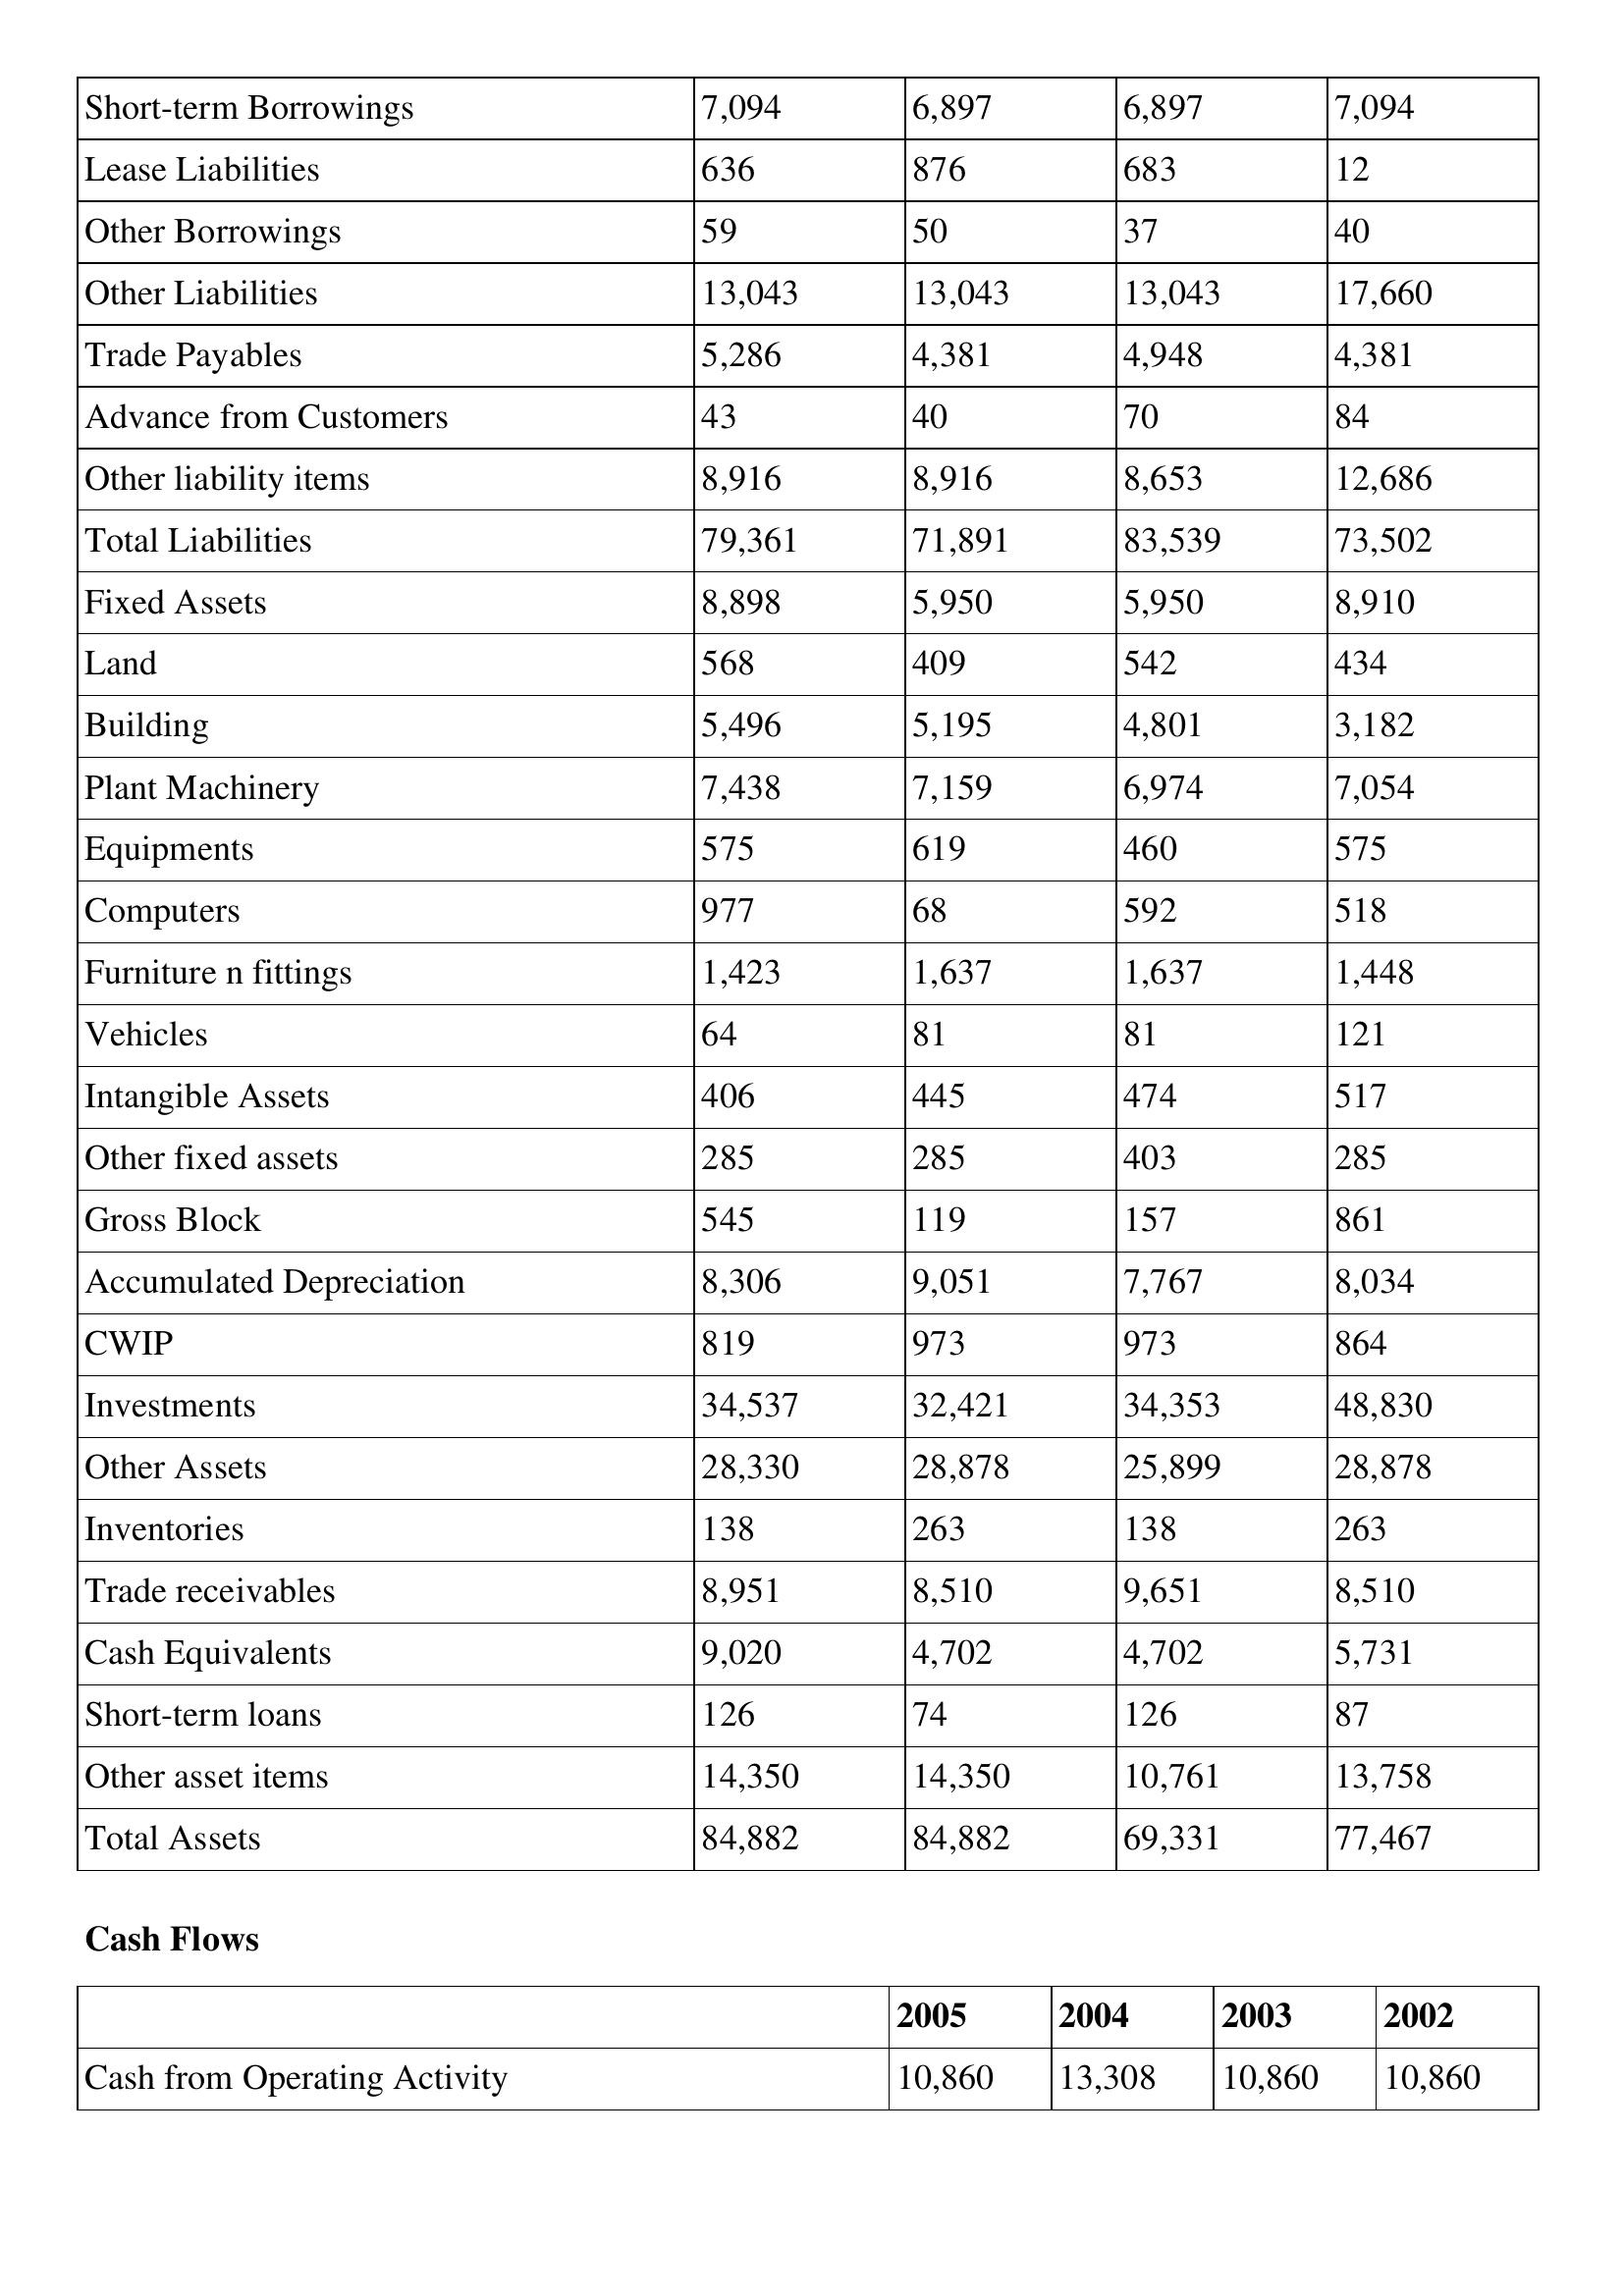
gt_parse: 2005: Balance Sheet: Short-term Borrowings: 7,094
Lease Liabilities: 636
Other Borrowings: 59
Other Liabilities: 13,043
Trade Payables: 5,286
Advance from Customers: 43
Other liability items: 8,916
Total Liabilities: 79,361
Fixed Assets: 8,898
Land: 568
Building: 5,496
Plant Machinery: 7,438
Equipments: 575
Computers: 977
Furniture n fittings: 1,423
Vehicles: 64
Intangible Assets: 406
Other fixed assets: 285
Gross Block: 545
Accumulated Depreciation: 8,306
CWIP: 819
Investments: 34,537
Other Assets: 28,330
Inventories: 138
Trade receivables: 8,951
Cash Equivalents: 9,020
Short-term loans: 126
Other asset items: 14,350
Total Assets: 84,882
Cash Flows: Cash from Operating Activity: 10,860
2004: Balance Sheet: Short-term Borrowings: 6,897
Lease Liabilities: 876
Other Borrowings: 50
Other Liabilities: 13,043
Trade Payables: 4,381
Advance from Customers: 40
Other liability items: 8,916
Total Liabilities: 71,891
Fixed Assets: 5,950
Land: 409
Building: 5,195
Plant Machinery: 7,159
Equipments: 619
Computers: 68
Furniture n fittings: 1,637
Vehicles: 81
Intangible Assets: 445
Other fixed assets: 285
Gross Block: 119
Accumulated Depreciation: 9,051
CWIP: 973
Investments: 32,421
Other Assets: 28,878
Inventories: 263
Trade receivables: 8,510
Cash Equivalents: 4,702
Short-term loans: 74
Other asset items: 14,350
Total Assets: 84,882
Cash Flows: Cash from Operating Activity: 13,308
2003: Balance Sheet: Short-term Borrowings: 6,897
Lease Liabilities: 683
Other Borrowings: 37
Other Liabilities: 13,043
Trade Payables: 4,948
Advance from Customers: 70
Other liability items: 8,653
Total Liabilities: 83,539
Fixed Assets: 5,950
Land: 542
Building: 4,801
Plant Machinery: 6,974
Equipments: 460
Computers: 592
Furniture n fittings: 1,637
Vehicles: 81
Intangible Assets: 474
Other fixed assets: 403
Gross Block: 157
Accumulated Depreciation: 7,767
CWIP: 973
Investments: 34,353
Other Assets: 25,899
Inventories: 138
Trade receivables: 9,651
Cash Equivalents: 4,702
Short-term loans: 126
Other asset items: 10,761
Total Assets: 69,331
Cash Flows: Cash from Operating Activity: 10,860
2002: Balance Sheet: Short-term Borrowings: 7,094
Lease Liabilities: 12
Other Borrowings: 40
Other Liabilities: 17,660
Trade Payables: 4,381
Advance from Customers: 84
Other liability items: 12,686
Total Liabilities: 73,502
Fixed Assets: 8,910
Land: 434
Building: 3,182
Plant Machinery: 7,054
Equipments: 575
Computers: 518
Furniture n fittings: 1,448
Vehicles: 121
Intangible Assets: 517
Other fixed assets: 285
Gross Block: 861
Accumulated Depreciation: 8,034
CWIP: 864
Investments: 48,830
Other Assets: 28,878
Inventories: 263
Trade receivables: 8,510
Cash Equivalents: 5,731
Short-term loans: 87
Other asset items: 13,758
Total Assets: 77,467
Cash Flows: Cash from Operating Activity: 10,860